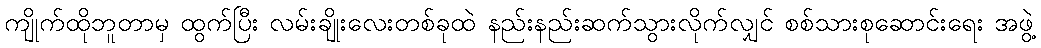
ကျိုက်ထိုဘူတာမှ ထွက်ပြီး လမ်းချိုးလေးတစ်ခုထဲ နည်းနည်းဆက်သွားလိုက်လျှင် စစ်သားစုဆောင်းရေး အဖွဲ့